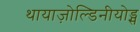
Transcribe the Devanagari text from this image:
थायाज़ोल्डिनीयोड्स